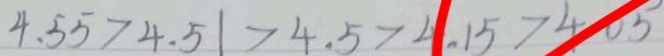
4 . 5 5 > 4 . 5 1 > 4 . 5 > 4 . 1 5 > 4 . 0 5